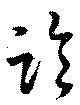
臨